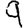
Digit: 9